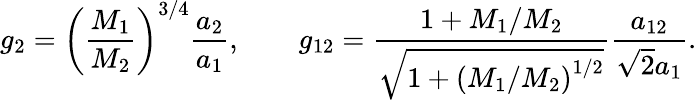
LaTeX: g_{2}=\left(\frac{M_{1}}{M_{2}}\right)^{3/4}\frac{a_{2}}{a_{1}},\qquad g_{12}=\frac{1+M_{1}/M_{2}}{\sqrt{1+\left(M_{1}/M_{2}\right)^{1/2}}}\frac{a_{12}}{\sqrt{2}a_{1}}.